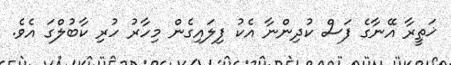
ޚަތީރާ އޭނާގެ ފަސް ކުދިންނާ އެކު ފިލައިގެން މިހާރު ހުރި ކާބުލްގަ އެވެ.